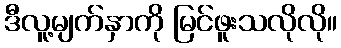
ဒီလူ့မျက်နှာကို မြင်ဖူးသလိုလို။